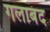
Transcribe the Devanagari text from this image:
गलाबंद